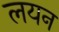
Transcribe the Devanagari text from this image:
लयन